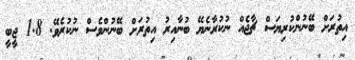
އިތުރަށް ބޭނުންކުރިޔަސް ޗާޖެެއް ނުކުރާނެޔޭ ބުުނާއިރު އިތުރަށް ބޭނުންވެސް ނުކުރެވޭ. 1.8 ޖީބީ